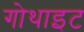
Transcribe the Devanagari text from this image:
गोथाइट